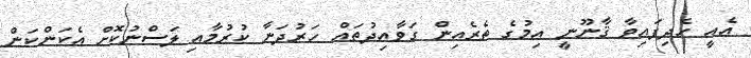
އެއީ ހެދިފައިވާ ޤާނޫނީ އިމުގެ ތެރެއިން ގަވާއިދުތައް ހަރުދަނާ ކުރުމާއި ލަސްނުކޮށް އެކަންކަން